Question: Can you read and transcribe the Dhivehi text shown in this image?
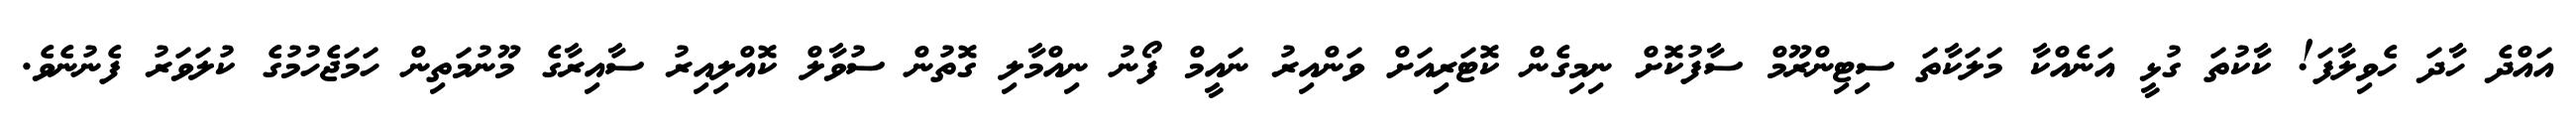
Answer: އައްދެ ހާދަ ހެވިލާފަ! ކާކުތަ ގުޅީ އަނެއްކާ މަލަކާތަ ސިޓިންރޫމް ސާފުކޮށް ނިމިގެން ކޮޓަރިއަށް ވަންއިރު ނައީމް ފޯނު ނިއްމާލި ގޮތުން ސުވާލް ކޮއްލިއިރު ސާއިރާގެ މޫނުމަތިން ހަމަޖެހުމުގެ ކުލަވަރު ފެނުނެވެ.